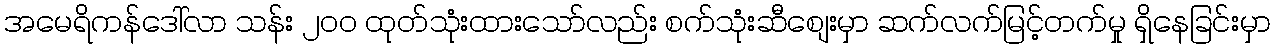
အမေရိကန်ဒေါ်လာ သန်း ၂၀၀ ထုတ်သုံးထားသော်လည်း စက်သုံးဆီစျေးမှာ ဆက်လက်မြင့်တက်မှု ရှိနေခြင်းမှာ